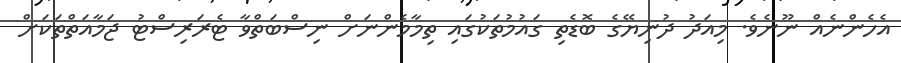
އެހެންނެއް ނޫނެވެ. މިއަދު ދުނިޔޭގެ ބޮޑެތި ގައުމުތަކުގައި ތިމާމެންނަށް ނިސްބަތްވާ ޓެރަރިސްޓު ޖަމާއަތްތަކަށް